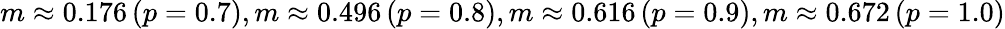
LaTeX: m\approx 0.176\, (p=0.7),m\approx 0.496\, (p=0.8),m\approx 0.616\, (p=0.9),m\approx 0.672\, (p=1.0)